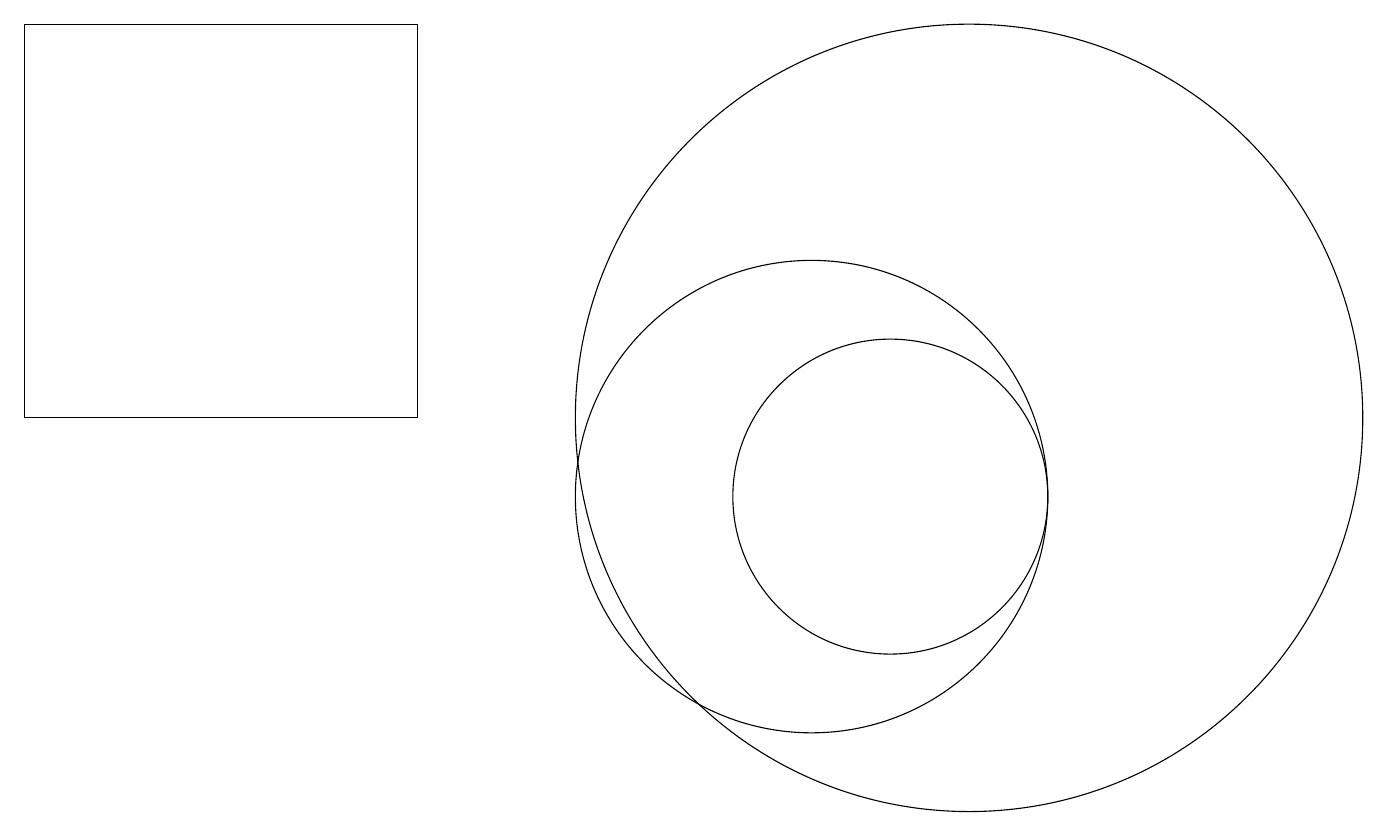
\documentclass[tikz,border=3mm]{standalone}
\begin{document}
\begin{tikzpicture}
\draw (11,10) circle (2);
\draw (0,11) rectangle (5,16);
\draw (12,11) circle (5);
\draw (10,10) circle (3);
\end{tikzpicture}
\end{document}